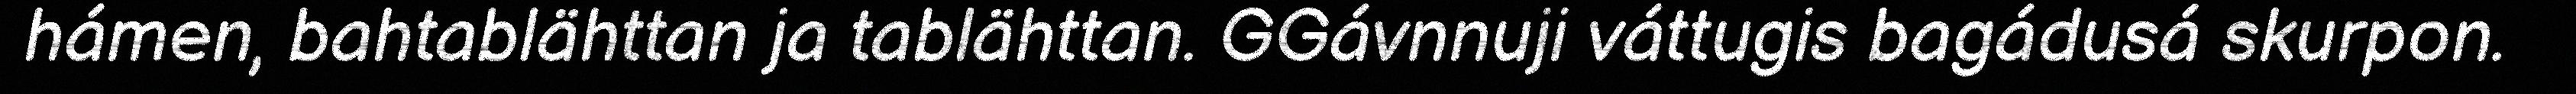
hámen, bahtablähttan ja tablähttan. GGávnnuji váttugis bagádusá skurpon.